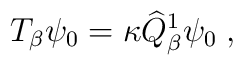
T_\beta\psi_0=\kappa\widehat{Q}_\beta^1\psi_0\;,